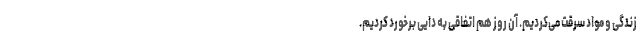
زندگی و مواد سرقت می‌کردیم. آن روز هم اتفاقی به دایی برخورد کردیم.